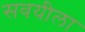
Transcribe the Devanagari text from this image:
सवयीला